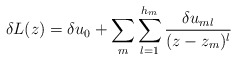
\begin{align*}\delta L(z)=\delta u_0+\sum_m\sum_{l=1}^{h_m}{\delta u_{ml}\over(z-z_m)^{l}}\end{align*}